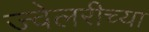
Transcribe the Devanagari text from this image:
ज्वेलरीच्या